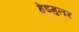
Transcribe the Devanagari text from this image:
हेडमुलर